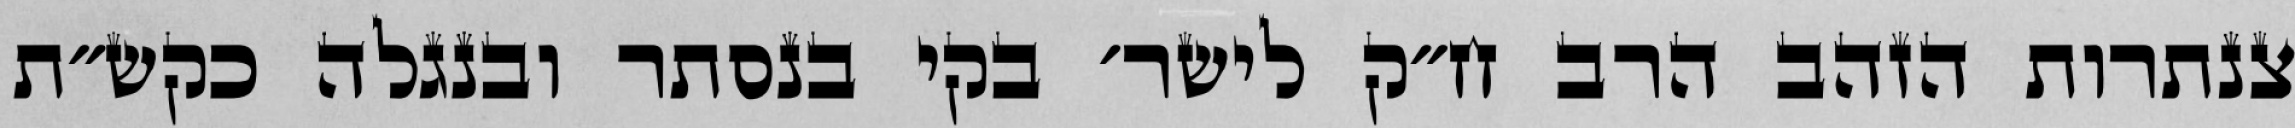
צנתרות הזהב הרב ח״ק לישר׳ בקי בנסתר ובנגלה כקש״ת